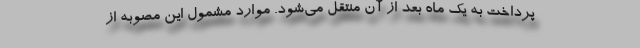
پرداخت به یک ماه بعد از آن منتقل می‌شود. موارد مشمول این مصوبه از